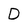
Character: D